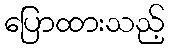
ပြောထားသည့်